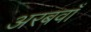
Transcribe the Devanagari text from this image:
अरबवाँ